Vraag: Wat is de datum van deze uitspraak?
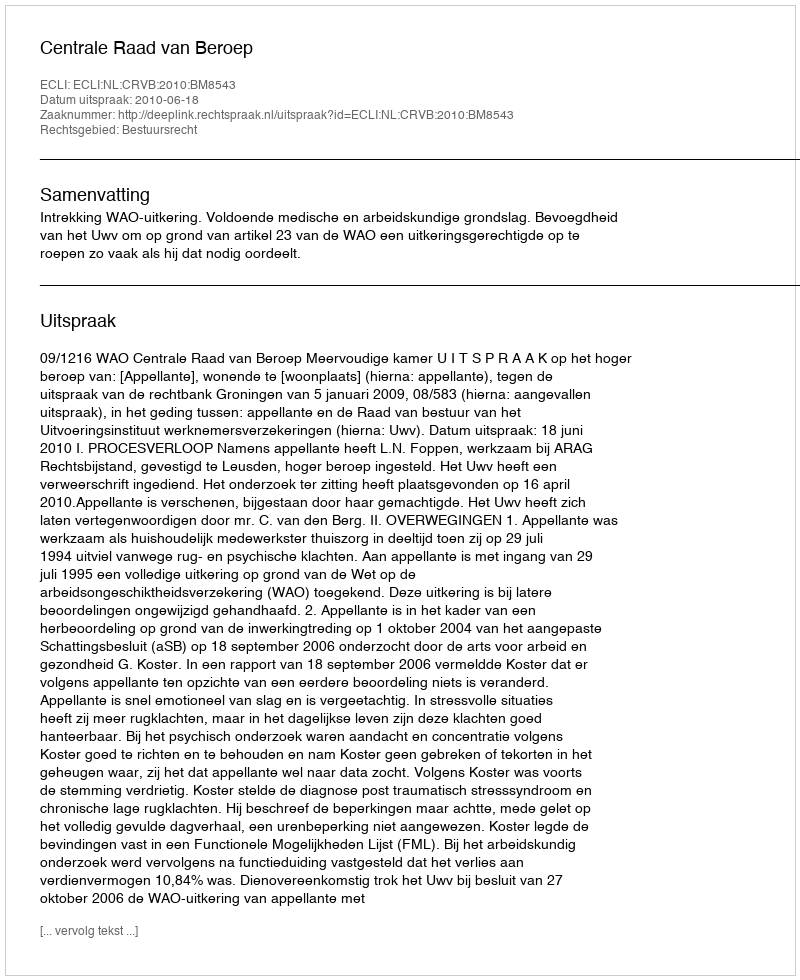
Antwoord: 2010-06-18